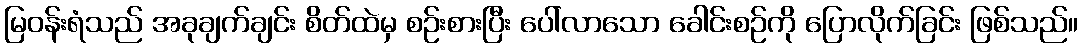
မြဝန်းရံသည် အခုချက်ချင်း စိတ်ထဲမှ စဉ်းစားပြီး ပေါ်လာသော ခေါင်းစဉ်ကို ပြောလိုက်ခြင်း ဖြစ်သည်။